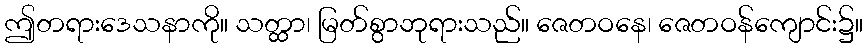
ဤတရားဒေသနာကို။ သတ္ထာ၊ မြတ်စွာဘုရားသည်။ ဇေတဝနေ၊ ဇေတဝန်ကျောင်း၌။